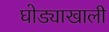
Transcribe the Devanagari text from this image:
घोड्याखाली